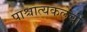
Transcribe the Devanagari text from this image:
पाश्चात्यकलेची